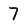
Character: 7